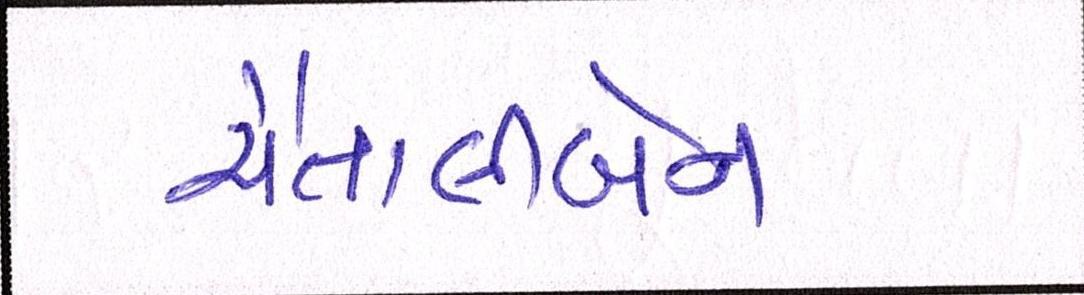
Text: ચૈતાલીબેન